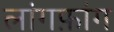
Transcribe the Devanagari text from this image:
लांगफ़ांग